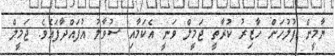
ޔާމީން ފުލުހަށް ހާޒިރު ކުރާތީ ޖަމީލް ވަނީ އެކަމާއި ސުވާލު އުފައްދާފައެވެ. ޖަމީލް